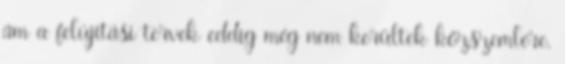
ám a felújítási tervek eddig még nem kerültek közszemlére.